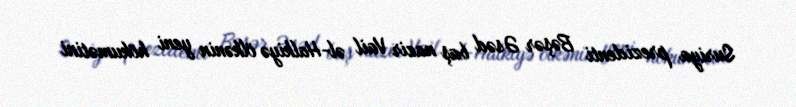
Suriya prezidenti Bəşər Əsəd baş nazir Vail əl-Halkiyə ölkənin yeni hökumətini